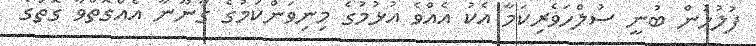
ފުލުހުން ބުނީ ސުލްހަވެރިކަމާ އެކު އެއްވެ އުޅުމުގެ މިނިވަންކަމުގެ ގާނޫނާ އެއްގޮތްވާ ގޮތުގެ